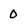
Character: 0